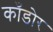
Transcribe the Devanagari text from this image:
काँडोर